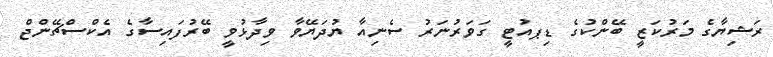
ރަޝިޔާގެ މަރުކަޒީ ބޭންކުގެ ޑިޕއުޓީ ގަވަރުނަރު ސެނިއާ ޔުދަޔޭވާ ވިދާޅުވީ ބޭރުފައިސާގެ އެކްސްޗޭންޖް